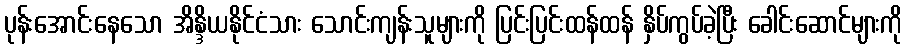
ပုန်းအောင်းနေသော အိန္ဒိယနိုင်ငံသား သောင်းကျန်းသူများကို ပြင်းပြင်းထန်ထန် နှိပ်ကွပ်ခဲ့ပြီး ခေါင်းဆောင်များကို